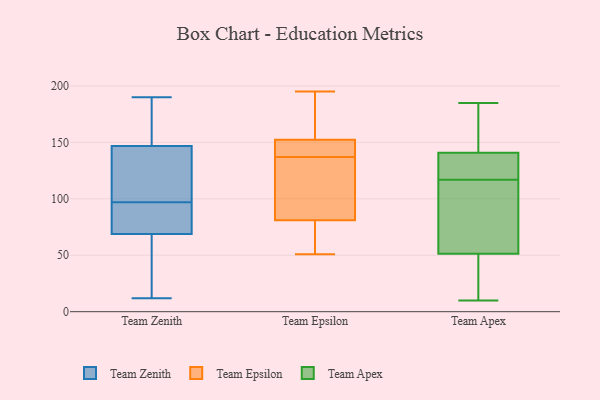
{"axis": {"x": "Revenue (USD Million)", "y": "Value"}, "legend": ["Team Apex", "Team Epsilon", "Team Zenith"], "data": [{"x": "", "y": 12, "type": "Team Zenith"}, {"x": "", "y": 138, "type": "Team Zenith"}, {"x": "", "y": 167, "type": "Team Zenith"}, {"x": "", "y": 50, "type": "Team Zenith"}, {"x": "", "y": 190, "type": "Team Zenith"}, {"x": "", "y": 84, "type": "Team Zenith"}, {"x": "", "y": 69, "type": "Team Zenith"}, {"x": "", "y": 97, "type": "Team Zenith"}, {"x": "", "y": 164, "type": "Team Zenith"}, {"x": "", "y": 131, "type": "Team Zenith"}, {"x": "", "y": 84, "type": "Team Zenith"}, {"x": "", "y": 141, "type": "Team Zenith"}, {"x": "", "y": 68, "type": "Team Zenith"}, {"x": "", "y": 129, "type": "Team Epsilon"}, {"x": "", "y": 74, "type": "Team Epsilon"}, {"x": "", "y": 195, "type": "Team Epsilon"}, {"x": "", "y": 51, "type": "Team Epsilon"}, {"x": "", "y": 148, "type": "Team Epsilon"}, {"x": "", "y": 150, "type": "Team Epsilon"}, {"x": "", "y": 102, "type": "Team Epsilon"}, {"x": "", "y": 179, "type": "Team Epsilon"}, {"x": "", "y": 137, "type": "Team Epsilon"}, {"x": "", "y": 73, "type": "Team Epsilon"}, {"x": "", "y": 153, "type": "Team Epsilon"}, {"x": "", "y": 141, "type": "Team Apex"}, {"x": "", "y": 68, "type": "Team Apex"}, {"x": "", "y": 146, "type": "Team Apex"}, {"x": "", "y": 119, "type": "Team Apex"}, {"x": "", "y": 149, "type": "Team Apex"}, {"x": "", "y": 22, "type": "Team Apex"}, {"x": "", "y": 170, "type": "Team Apex"}, {"x": "", "y": 54, "type": "Team Apex"}, {"x": "", "y": 26, "type": "Team Apex"}, {"x": "", "y": 51, "type": "Team Apex"}, {"x": "", "y": 117, "type": "Team Apex"}, {"x": "", "y": 62, "type": "Team Apex"}, {"x": "", "y": 128, "type": "Team Apex"}, {"x": "", "y": 131, "type": "Team Apex"}, {"x": "", "y": 52, "type": "Team Apex"}, {"x": "", "y": 26, "type": "Team Apex"}, {"x": "", "y": 10, "type": "Team Apex"}, {"x": "", "y": 185, "type": "Team Apex"}, {"x": "", "y": 140, "type": "Team Apex"}]}